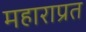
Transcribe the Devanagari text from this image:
महाराप्रत